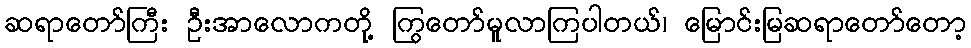
ဆရာတော်ကြီး ဦးအာလောကတို့ ကြွတော်မူလာကြပါတယ်၊ မြောင်းမြဆရာတော်တော့